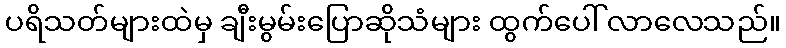
ပရိသတ်များထဲမှ ချီးမွမ်းပြောဆိုသံများ ထွက်ပေါ် လာလေသည်။